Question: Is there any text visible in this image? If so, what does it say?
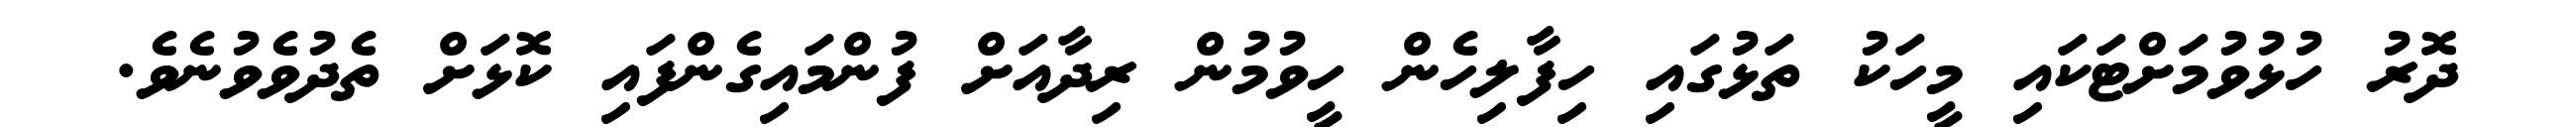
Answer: ދޮރު ހުޅުވުމަށްޓަކައި މީހަކު ތަޅުގައި ހިފާލިހެން ހީވުމުން ރިދާއަށް ފުންމައިގެންފައި ކޮޅަށް ތެދުވެވުނެވެ.